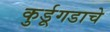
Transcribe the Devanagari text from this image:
कुर्डूगडाचे